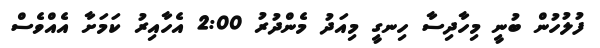
ފުލުހުން ބުނީ މިހާދިސާ ހިނގީ މިއަދު މެންދުރު 2:00 އެހާއިރު ކަމަށާ އެއްވެސް